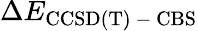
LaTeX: \Delta E_{\mathrm{CCSD(T)\mathrm{~-~}CBS}}